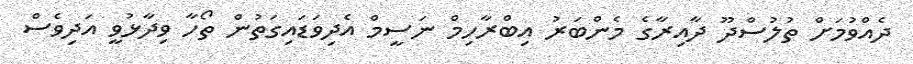
ދެއްވުމަށް ތުލުސްދޫ ދާއިރާގެ މެންބަރު އިބްރާހިމް ނަސީމް އެދިވަޑައިގަތުުން ތޯހާ ވިދާޅުވީ އަދިވެސް